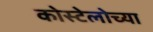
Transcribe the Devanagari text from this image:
कोस्टेलोच्या